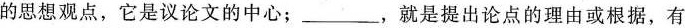
的思想观点，它是议论文的中心；___，就是提出论点的理由或根据，有